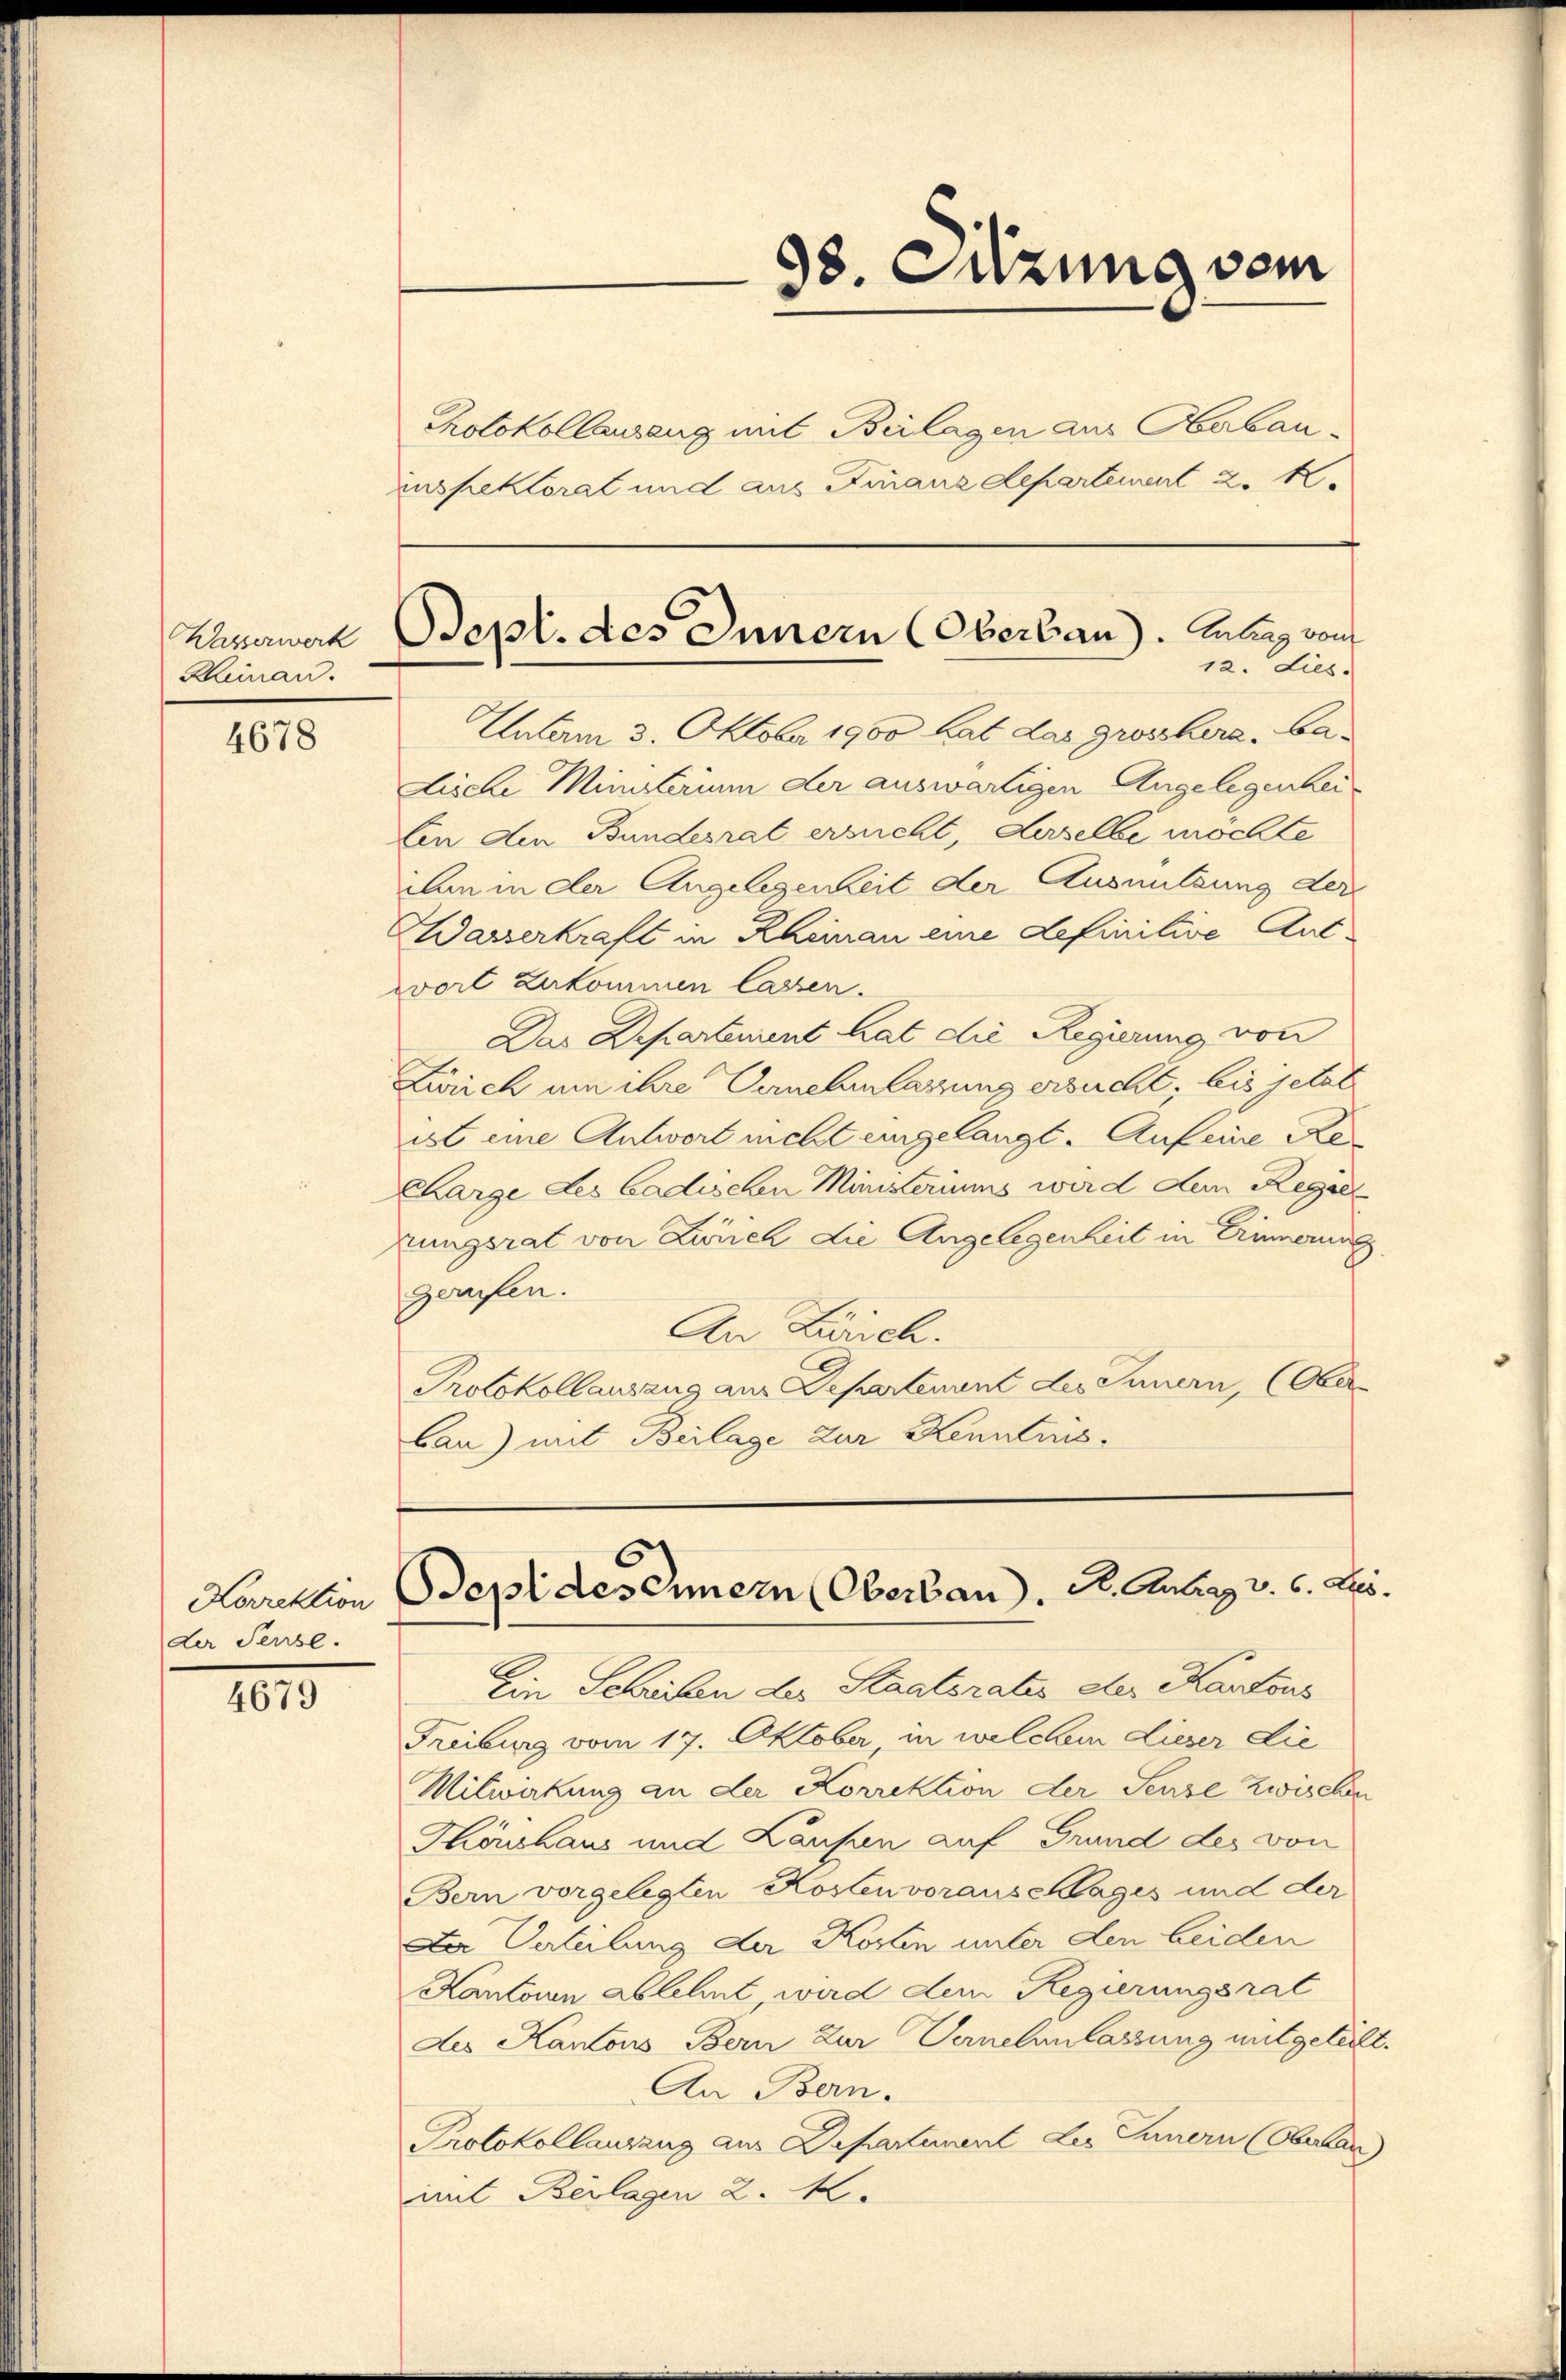
Wasserwerk
Reinan.

4678

Korrektion
der Persse.

4679

Aatam 3. Oktober 1900 hat das grosshira, Ca¬
Lische Ministerium der auswärtigen Angelegenheilen den Bundesrat ersucht, derselbe möchte
ilen in der Angelegenheit der Ausnutzung der
Wasserkraft in Rheinau eine definitive Auswort zukommen lassen.
Das Departement hat die Regierung von
Zürich um ihre Vernehmlassung ersucht; bis jetzt
ist eine Antwort nicht eingelangt. Auf eine Re¬
Charge des Cadischen Münsteriums wird dem Regie
kungsrat von Zürich die Angelegenheit in Erinnerung
gerufen.
An Zürich.
Protokollausang aus Departement des Innern, (Ober-
Cau) mit Beilage zur Kenntnus.

98. Sitzung vom

Photokollausung mit Beilagen aus Oberbauinspektorat und aus Finanzdepartement 2. K

Sept. des Innern (Oberbau). Antrag von
12. Lies.

Bepides Innern (Oberbau), Dr. Anberg v. 6. ds.

Ein Schriben des Staatsrates der Kantons
Freiburg vom 17. Oktober, in welchem Lieser Lie
Mitwakung an der Korrektion der Seuze zwischen
Thönshaus und Laufen auf Grund des von
Bern vorgelegten Kostenvorauschlages und der
Da Verteilung der Kosten unter den beiden
Kantonen ablehnt, wird dem Regierungsrat
des Kantons Bern Zur Vernehmlassung mitgeteilt.
An Bern.
Protokollauszug aus Departement des Innern (Obalan
mit Beilagen 2. M.